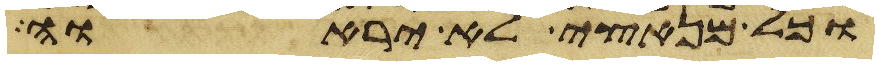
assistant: וכל מנאצי לא יראוה